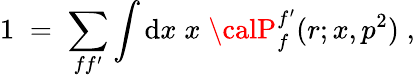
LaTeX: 1\; =\; \sum_{ff^{\prime}}\int\mathrm{d}x\; x\; {\calP}_{f}^{f^{\prime}}(r;x,p^{2})\; ,